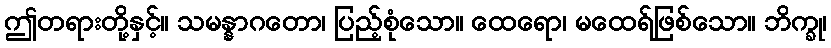
ဤတရားတို့နှင့်။ သမန္နာဂတော၊ ပြည့်စုံသော။ ထေရော၊ မထေရ်ဖြစ်သော။ ဘိက္ခု၊